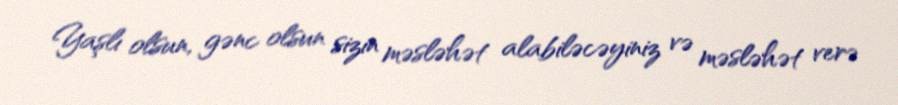
Yaşlı olsun, gənc olsun sizin məsləhət alabiləcəyiniz və məsləhət verə